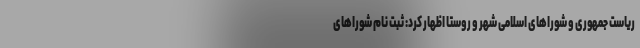
ریاست جمهوری و شوراهای اسلامی شهر و روستا اظهار کرد: ثبت نام شوراهای